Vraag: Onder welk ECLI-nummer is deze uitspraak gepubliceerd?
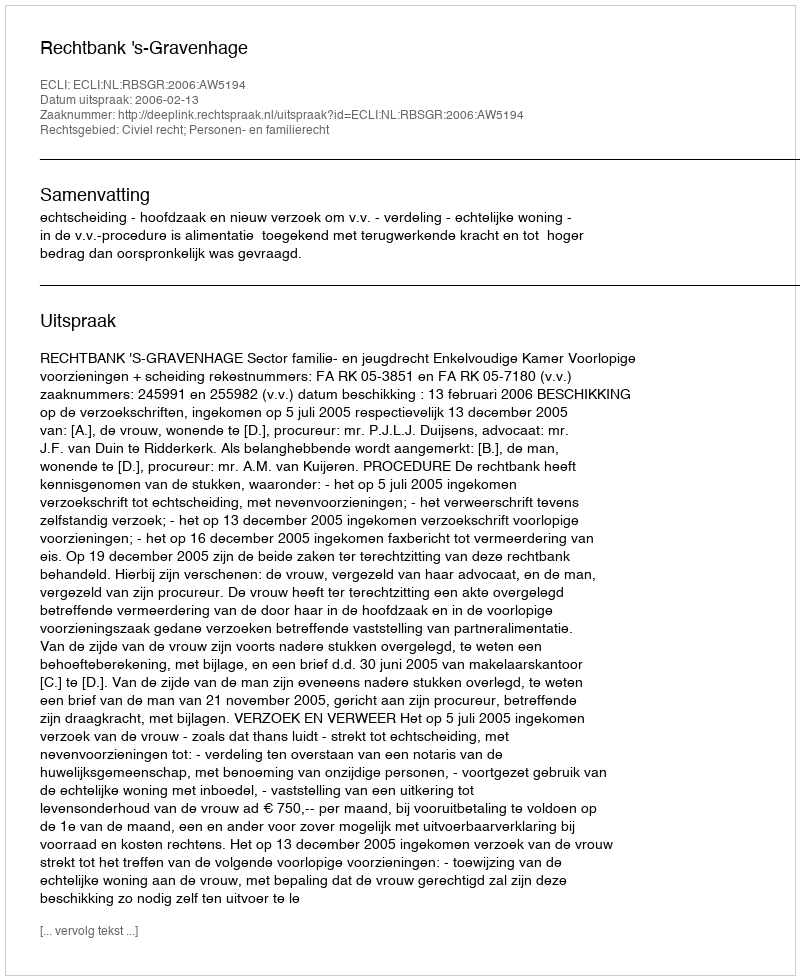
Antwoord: ECLI:NL:RBSGR:2006:AW5194